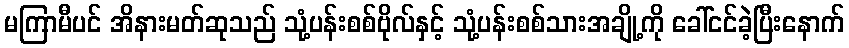
မကြာမီပင် အိနားမတ်ဆုသည် သုံ့ပန်းစစ်ဗိုလ်နှင့် သုံ့ပန်းစစ်သားအချို့ကို ခေါ်ငင်ခဲ့ပြီးနောက်